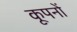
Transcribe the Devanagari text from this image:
कूपनों